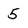
Character: 5